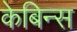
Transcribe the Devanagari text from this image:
केबिन्स